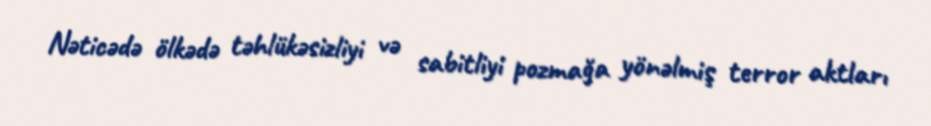
Nəticədə ölkədə təhlükəsizliyi və sabitliyi pozmağa yönəlmiş terror aktları